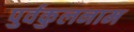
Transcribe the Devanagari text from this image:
पुर्वकुलनाम